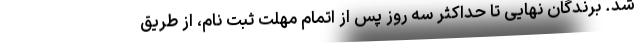
شد. برندگان نهایی تا حداکثر سه روز پس از اتمام مهلت ثبت نام،‌ از طریق